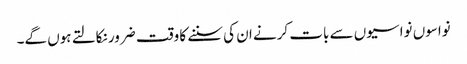
نواسوں نواسیوں سے بات کرنے ان کی سننے کا وقت ضرور نکالتے ہوں گے۔